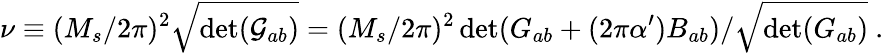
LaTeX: \nu\equiv(M_{s}/2\pi)^{2}\sqrt{\operatorname*{det}({\cal G}_{ab})}=(M_{s}/2\pi)^{2}\operatorname*{det}(G_{ab}+(2\pi\alpha^{\prime})B_{ab})/\sqrt{\operatorname*{det}({G}_{ab})}~.